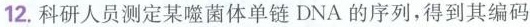
12.科研人员测定某噬菌体单链DNA的序列，得到其编码